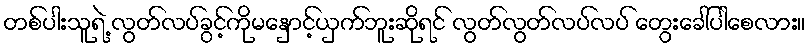
တစ်ပါးသူရဲ့ လွတ်လပ်ခွင့်ကိုမနှောင့်ယှက်ဘူးဆိုရင် လွတ်လွတ်လပ်လပ် တွေးခေါ်ပါစေလား။